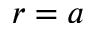
r = a